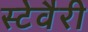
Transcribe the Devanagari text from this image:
स्टेवैरी